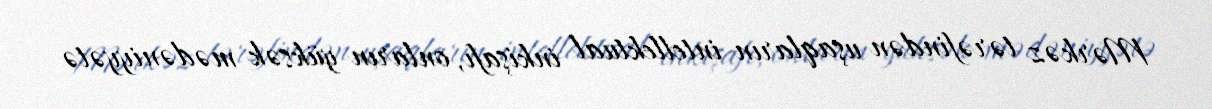
Mərkəz tərəfindən uşaqların intellektual inkişafı, onların yüksək mədəniyyətə